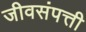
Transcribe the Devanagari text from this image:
जीवसंपत्ती